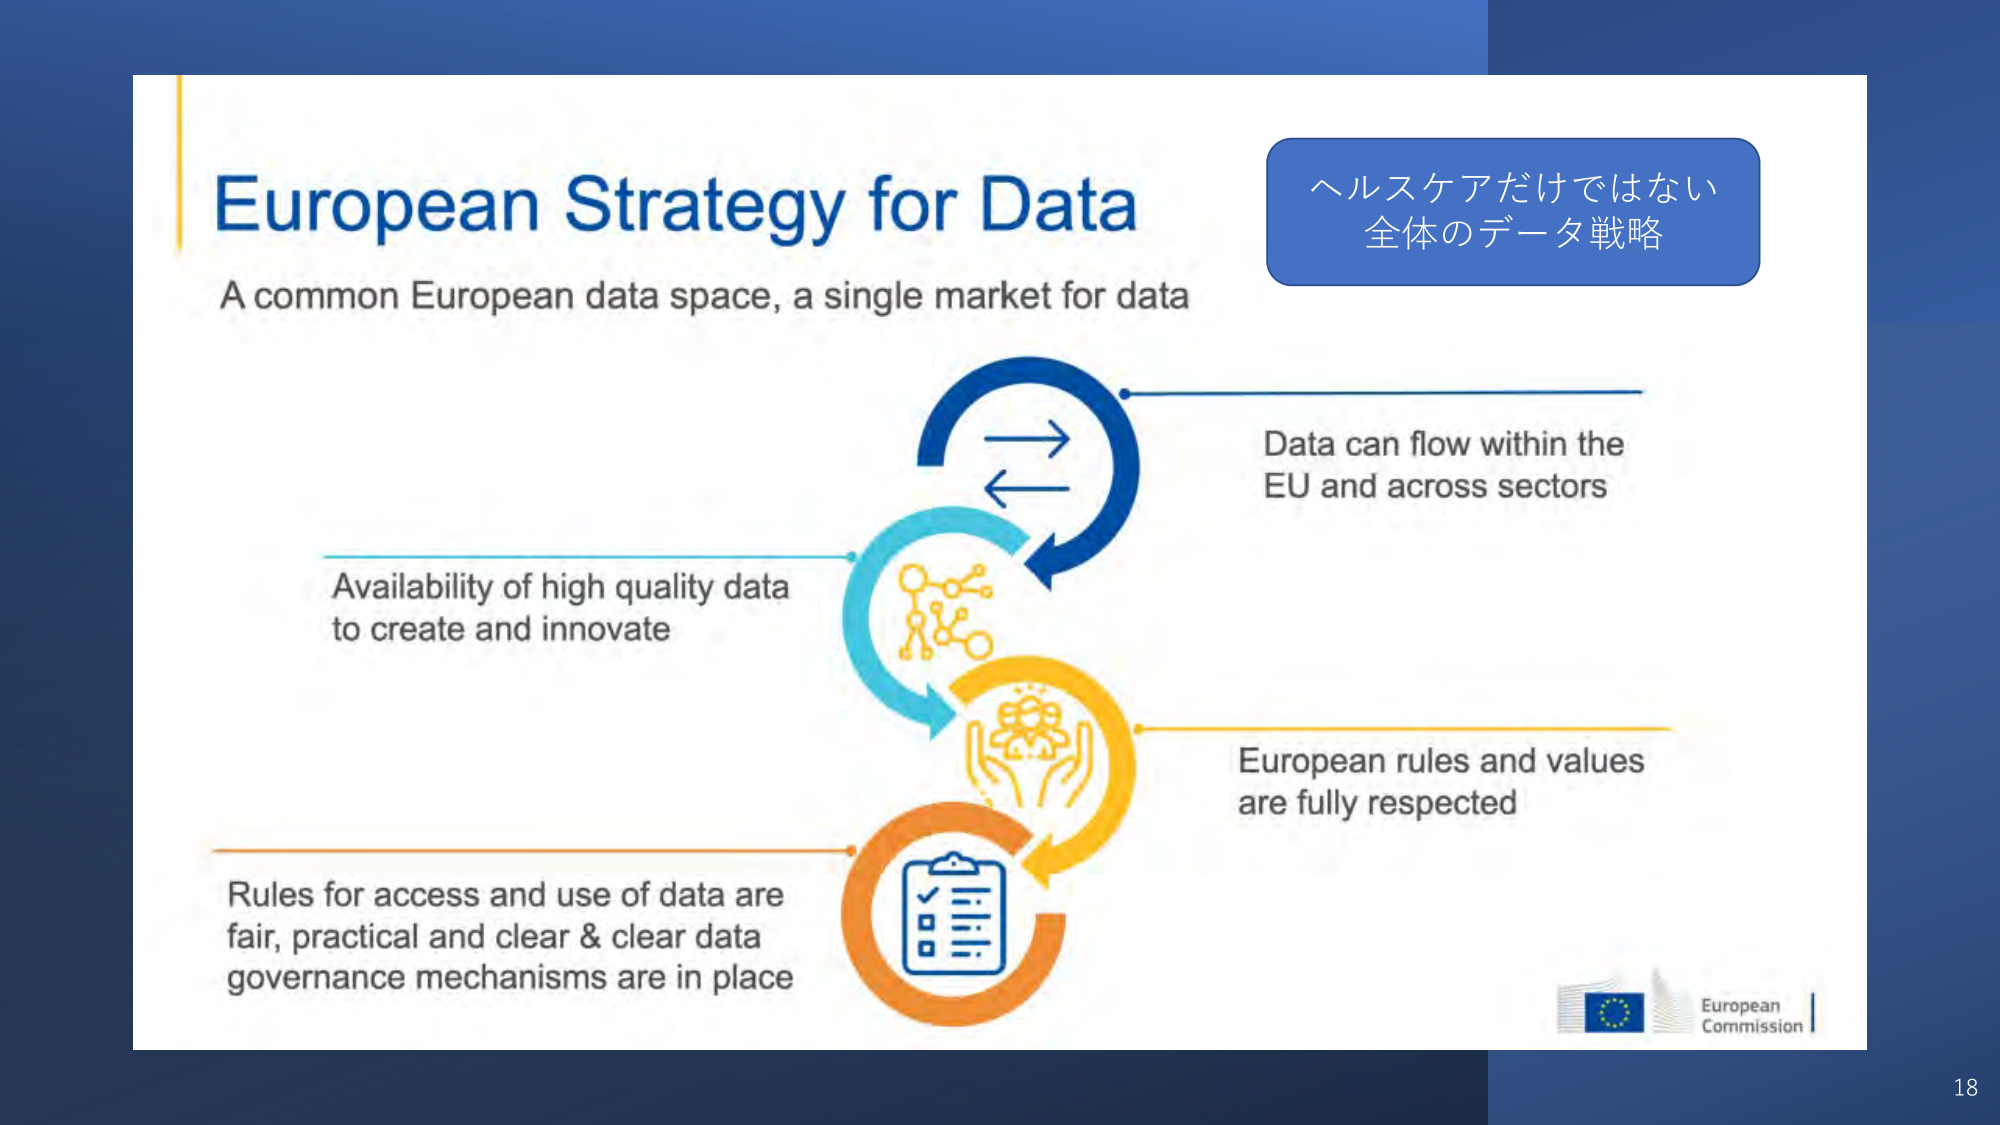
European Strategy for Data
A common European data space, a single market for data

ヘルスケアだけではない
全体のデータ戦略

Data can flow within the
EU and across sectors

Availability of high quality data
to create and innovate

European rules and values
are fully respected

Rules for access and use of data are
fair, practical and clear & clear data
governance mechanisms are in place

European Commission
18